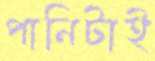
পানিটাই